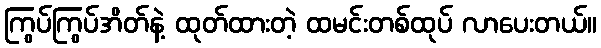
ကြွပ်ကြွပ်အိတ်နဲ့ ထုတ်ထားတဲ့ ထမင်းတစ်ထုပ် လာပေးတယ်။